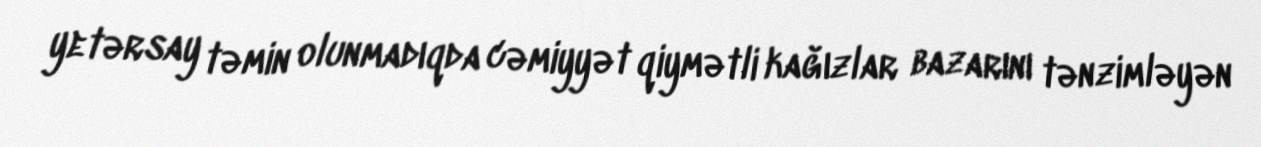
yetərsay təmin olunmadıqda cəmiyyət qiymətli kağızlar bazarını tənzimləyən